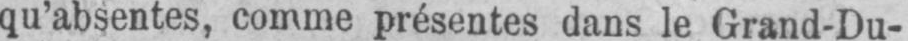
qu’absentes, comme présentes dans le Grand-Du-